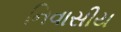
નિવાસીય